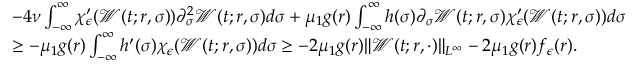
\begin{array} { r l } & { - 4 \nu \int _ { - \infty } ^ { \infty } \chi _ { \epsilon } ^ { \prime } ( \mathcal { W } ( t ; r , \sigma ) ) \partial _ { \sigma } ^ { 2 } \mathcal { W } ( t ; r , \sigma ) d \sigma + \mu _ { 1 } g ( r ) \int _ { - \infty } ^ { \infty } h ( \sigma ) \partial _ { \sigma } \mathcal { W } ( t ; r , \sigma ) \chi _ { \epsilon } ^ { \prime } ( \mathcal { W } ( t ; r , \sigma ) ) d \sigma } \\ & { \geq - \mu _ { 1 } g ( r ) \int _ { - \infty } ^ { \infty } h ^ { \prime } ( \sigma ) \chi _ { \epsilon } ( \mathcal { W } ( t ; r , \sigma ) ) d \sigma \geq - 2 \mu _ { 1 } g ( r ) \| \mathcal { W } ( t ; r , \cdot ) \| _ { L ^ { \infty } } - 2 \mu _ { 1 } g ( r ) f _ { \epsilon } ( r ) . } \end{array}